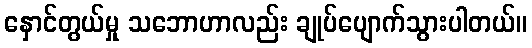
နှောင်တွယ်မှု သဘောဟာလည်း ချုပ်ပျောက်သွားပါတယ်။